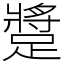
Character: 𨄚